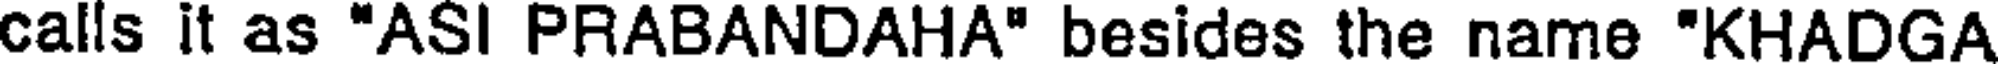
calls it as "ASI PRABANDAHA" besides the name "KHADGA